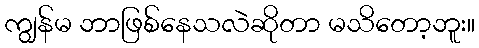
ကျွန်မ ဘာဖြစ်နေသလဲဆိုတာ မသိတော့ဘူး။